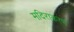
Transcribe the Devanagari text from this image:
मदिराकरण